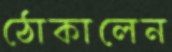
ঠোকালেন